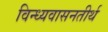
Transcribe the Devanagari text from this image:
विन्ध्यवासनतीर्थ